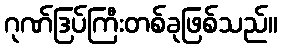
ဂုဏ်ဒြပ်ကြီးတစ်ခုဖြစ်သည်။